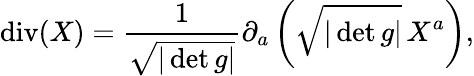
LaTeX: \operatorname{div}(X)={\frac{1}{\sqrt{|\det g|}}}\partial_{a}\left({\sqrt{|\det g|}}\, X^{a}\right),